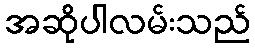
အဆိုပါလမ်းသည်